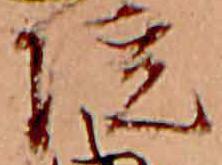
院